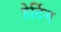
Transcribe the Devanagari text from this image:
हेर्टिग